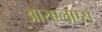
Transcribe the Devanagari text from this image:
आरएलएस